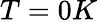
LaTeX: T=0K